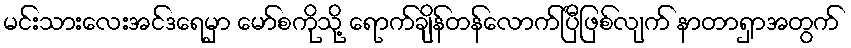
မင်းသားလေးအင်ဒရေမှာ မော်စကိုသို့ ရောက်ချိန်တန်လောက်ပြီဖြစ်လျက် နာတာရှာအတွက်